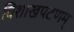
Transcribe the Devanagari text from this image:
विशाखपटणम्‌